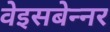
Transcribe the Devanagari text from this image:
वेइसबेन्नर